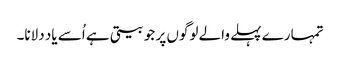
تمہارے پہلے والے لوگوں پر جو بیتی ہے اُسے یاد دلانا۔